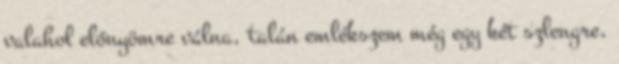
valahol előnyömre válna, talán emlékszem még egy két szlengre,